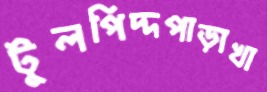
টুলপিদ্দপাড়াখা